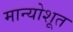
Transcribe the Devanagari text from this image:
मान्योशूत